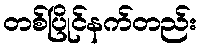
တစ်ပြိုင်နက်တည်း